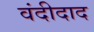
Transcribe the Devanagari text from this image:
वंदीदाद